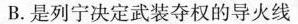
B.是列宁决定武装夺权的导火线